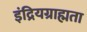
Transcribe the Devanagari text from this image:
इंद्रियग्राह्मता